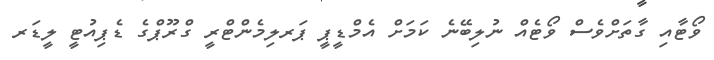
ވޯޓާއި ގާތަށްވެސް ވޯޓެއް ނުލިބޭނެ ކަމަށް އެމްޑީޕީ ޕަރލިމެންޓްރީ ގްރޫޕްގެ ޑެޕިއުޓީ ލީޑަރ